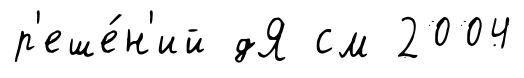
р'еше́н'ий дЯ см 2004